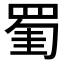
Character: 𦋅